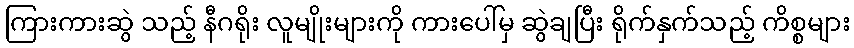
ကြားကားဆွဲ သည့် နီဂရိုး လူမျိုးများကို ကားပေါ်မှ ဆွဲချပြီး ရိုက်နှက်သည့် ကိစ္စများ